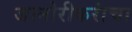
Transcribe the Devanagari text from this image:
जानोरीकरांचा